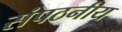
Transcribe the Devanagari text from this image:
संपठनीय